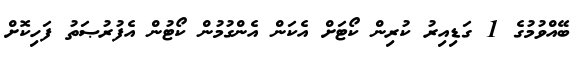
ބޭއްވުމުގެ 1 ގަޑިއިރު ކުރިން ކޯޓަށް އެކަން އެންގުމުން ކޯޓުން އެފުރުޞަތު ފަހިކޮށް